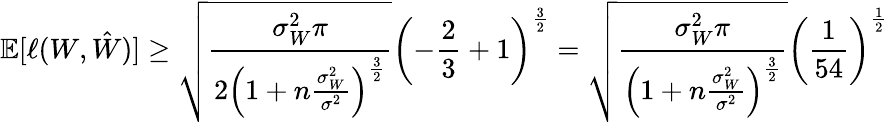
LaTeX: \mathbb{E}[\ell(W,\hat{W})]\geq\sqrt{\frac{\sigma_{W}^{2}\pi}{2\left(1+n\frac{\sigma_{W}^{2}}{\sigma^{2}}\right)^{\frac 32}}}\left(-\frac 23+1\right)^{\frac 32}=\sqrt{\frac{\sigma_{W}^{2}\pi}{\left(1+n\frac{\sigma_{W}^{2}}{\sigma^{2}}\right)^{\frac 32}}}\left(\frac{1}{54}\right)^{\frac 12}